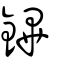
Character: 鏎